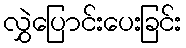
လွှဲပြောင်းပေးခြင်း